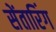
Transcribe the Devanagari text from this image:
सेंतारिंग